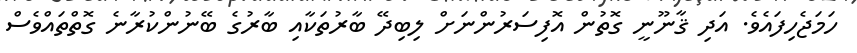
ހަމަޖެހިފައެވެ. އަދި ޤާނޫނީ ގޮތުން އޮފިސަރުންނަށް ލިބިދޭ ބާރުތަކާއި ބާރުގެ ބޭނުންކުރާނެ ގޮތްތައްވެސް